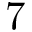
7